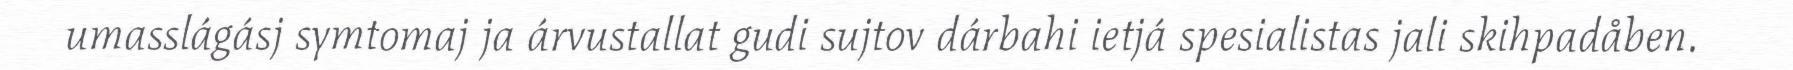
umasslágásj symtomaj ja árvustallat gudi sujtov dárbahi ietjá spesialistas jali skihpadåben.